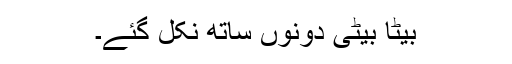
بیٹا بیٹی دونوں ساتھ نکل گئے۔